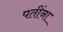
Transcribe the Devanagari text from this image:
पतींना